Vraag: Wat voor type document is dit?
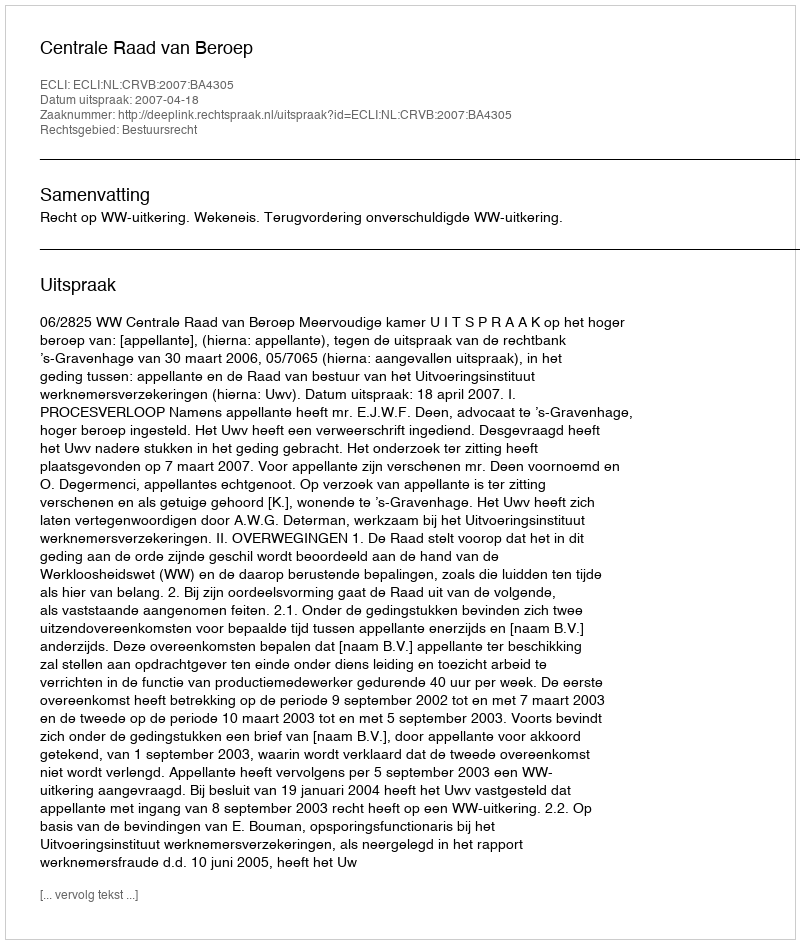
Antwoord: Uitspraak